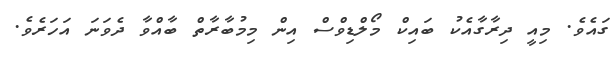
ގައެވެ. މިއީ ދިރާގާއެކު ބައިކް މޯލްޑިވްސް އިން މިމުބާރާތް ބާއްވާ ދެވަނަ އަހަރެވެ.